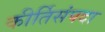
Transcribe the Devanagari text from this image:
कीर्तिसंपदा